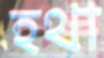
হথা